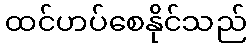
ထင်ဟပ်စေနိုင်သည်